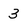
Character: 3